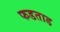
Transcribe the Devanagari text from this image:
फडताड